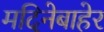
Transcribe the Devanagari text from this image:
मदिनेबाहेर